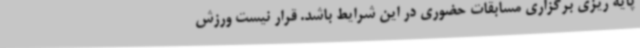
پایه ریزی برگزاری مسابقات حضوری در این شرایط باشد. قرار نیست ورزش